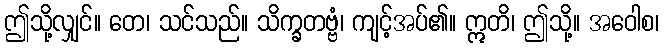
ဤသို့လျှင်။ တေ၊ သင်သည်။ သိက္ခတဗ္ဗံ၊ ကျင့်အပ်၏။ ဣတိ၊ ဤသို့။ အဝေါစ၊